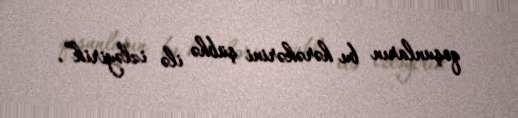
qoşunların bu hərəkərini şübhə ilə izləyirik”.